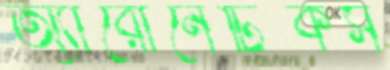
অ্যারোনেটিকস